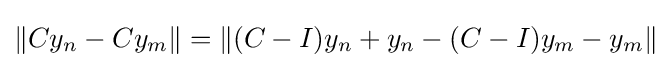
\left\|Cy_{n}-Cy_{m}\right\|=\left\|(C-I)y_{n}+y_{n}-(C-I)y_{m}-y_{m}\right\|